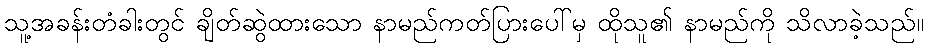
သူ့အခန်းတံခါးတွင် ချိတ်ဆွဲထားသော နာမည်ကတ်ပြားပေါ်မှ ထိုသူ၏ နာမည်ကို သိလာခဲ့သည်။